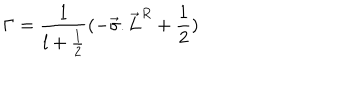
{ \Gamma } = \frac { 1 } { l + \frac { 1 } { 2 } } ( - { \vec { \sigma } . { \vec { L } } ^ { R } } + \frac { 1 } { 2 } )